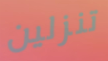
تنزلين